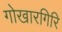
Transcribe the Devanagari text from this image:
गोखारगिरि